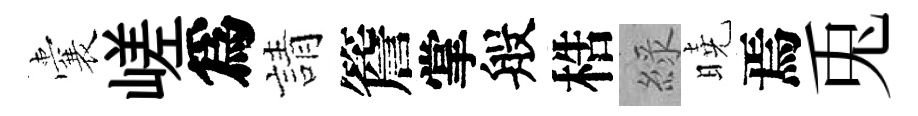
囊嵯爲請簷掌般梏綠曉焉兎